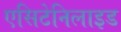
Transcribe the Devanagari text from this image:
एसिटेनिलाइड